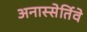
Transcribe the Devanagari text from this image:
अनास्सेर्तिवे